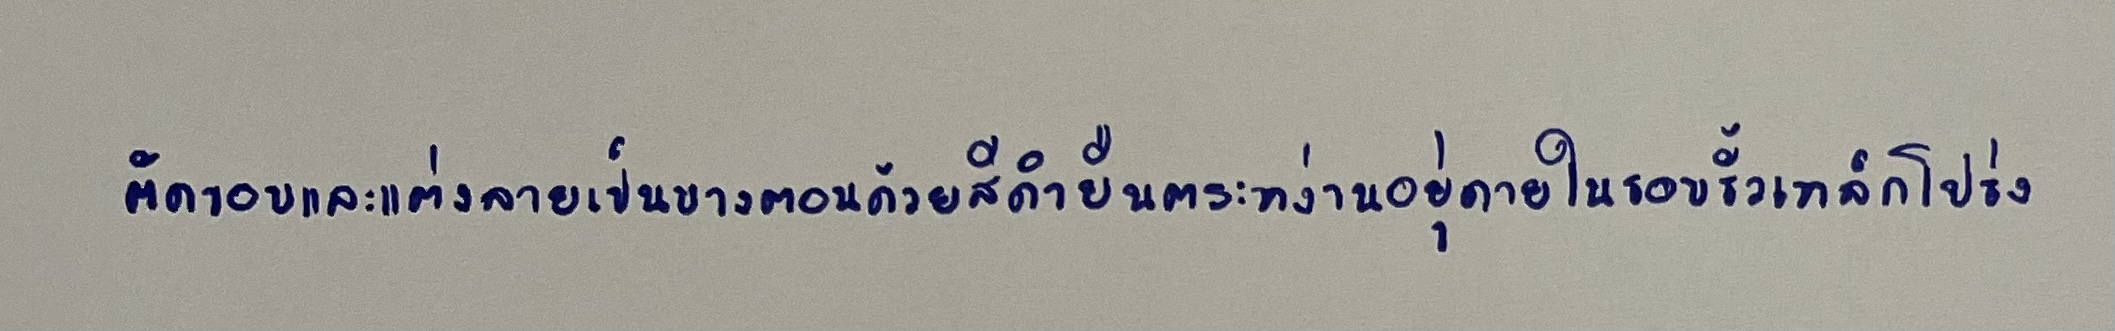
ตัดขอบและแต่งลายเป็นบางตอนด้วยสีดำยืนตระหง่านอยู่ภายในรอบรั้วเหล็กโปร่ง